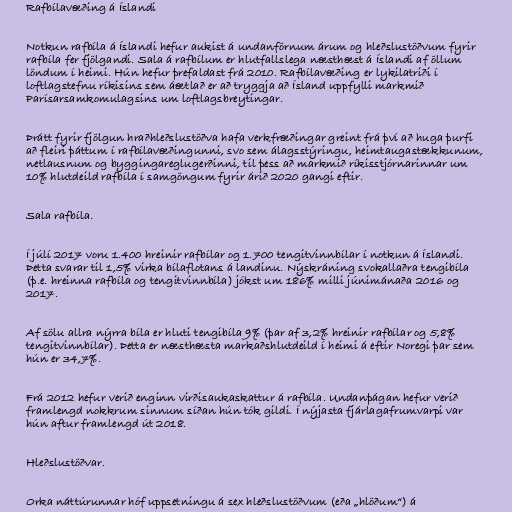
Rafbílavæðing á Íslandi

Notkun rafbíla á Íslandi hefur aukist á undanförnum árum og hleðslustöðvum fyrir
rafbíla fer fjölgandi. Sala á rafbílum er hlutfallslega næsthæst á Íslandi af öllum
löndum í heimi. Hún hefur þrefaldast frá 2010. Rafbílavæðing er lykilatriði í
loftlagstefnu ríkisins sem áætlað er að tryggja að Ísland uppfylli markmið
Parísarsamkomulagsins um loftlagsbreytingar.

Þrátt fyrir fjölgun hraðhleðslustöðva hafa verkfræðingar greint frá því að huga þurfi
að fleiri þáttum í rafbílavæðingunni, svo sem álagsstýringu, heimtaugastækkunum,
netlausnum og byggingareglugerðinni, til þess að markmið ríkisstjórnarinnar um
10% hlutdeild rafbíla í samgöngum fyrir árið 2020 gangi eftir.

Sala rafbíla.

Í júlí 2017 voru 1.400 hreinir rafbílar og 1.700 tengitvinnbílar í notkun á Íslandi.
Þetta svarar til 1,5% virka bílaflotans á landinu. Nýskráning svokallaðra tengibíla
(þ.e. hreinna rafbíla og tengitvinnbíla) jókst um 186% milli júnimánaða 2016 og
2017.

Af sölu allra nýrra bíla er hluti tengibíla 9% (þar af 3,2% hreinir rafbílar og 5,8%
tengitvinnbílar). Þetta er næsthæsta markaðshlutdeild í heimi á eftir Noregi þar sem
hún er 34,7%.

Frá 2012 hefur verið enginn virðisaukaskattur á rafbíla. Undanþágan hefur verið
framlengd nokkrum sinnum síðan hún tók gildi. Í nýjasta fjárlagafrumvarpi var
hún aftur framlengd út 2018.

Hleðslustöðvar.

Orka náttúrunnar hóf uppsetningu á sex hleðslustöðvum (eða „hlöðum“) á